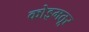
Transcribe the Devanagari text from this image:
कोइमतूर